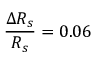
\frac { \Delta R _ { s } } { R _ { s } } = 0 . 0 6